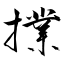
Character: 擈